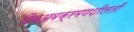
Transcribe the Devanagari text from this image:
जैवअवक्रमणशीलती